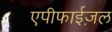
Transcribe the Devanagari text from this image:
एपीफाईज़ल